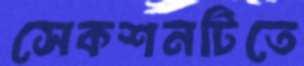
সেকশনটিতে